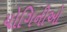
યોગિનીઓ